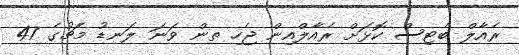
ރެއާލް ބެޓިސް ކޮޅަށް ރެއާލްއިން ޖެހި ތން ވަނަ ލަނޑު މެޗުގެ 47